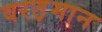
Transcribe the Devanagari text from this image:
वरत़़मान